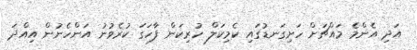
އަދި އެންމެ މައްޗަށް ހަށިގަނޑުގައި ކެމިކަލް ހުރިކަން ފާހަގަ ކުރެވުނު އަންހެނުން އިއްދަ